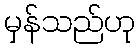
မှန်သည်ဟု